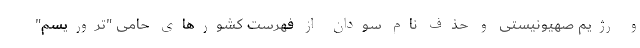
و رژیم صهیونیستی و حذف نام سودان از فهرست کشورهای حامی "تروریسم"